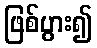
ဖြစ်ပွား၍